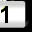
Digit: 1